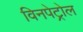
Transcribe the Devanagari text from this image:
विनपेट्रोल